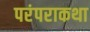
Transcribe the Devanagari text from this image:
परंपराकथा